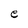
Character: e